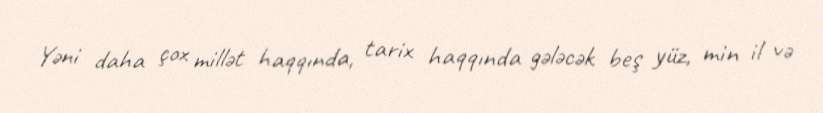
Yəni daha çox millət haqqında, tarix haqqında gələcək beş yüz, min il və